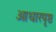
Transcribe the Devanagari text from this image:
आधारपृष्ठ